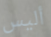
أليس